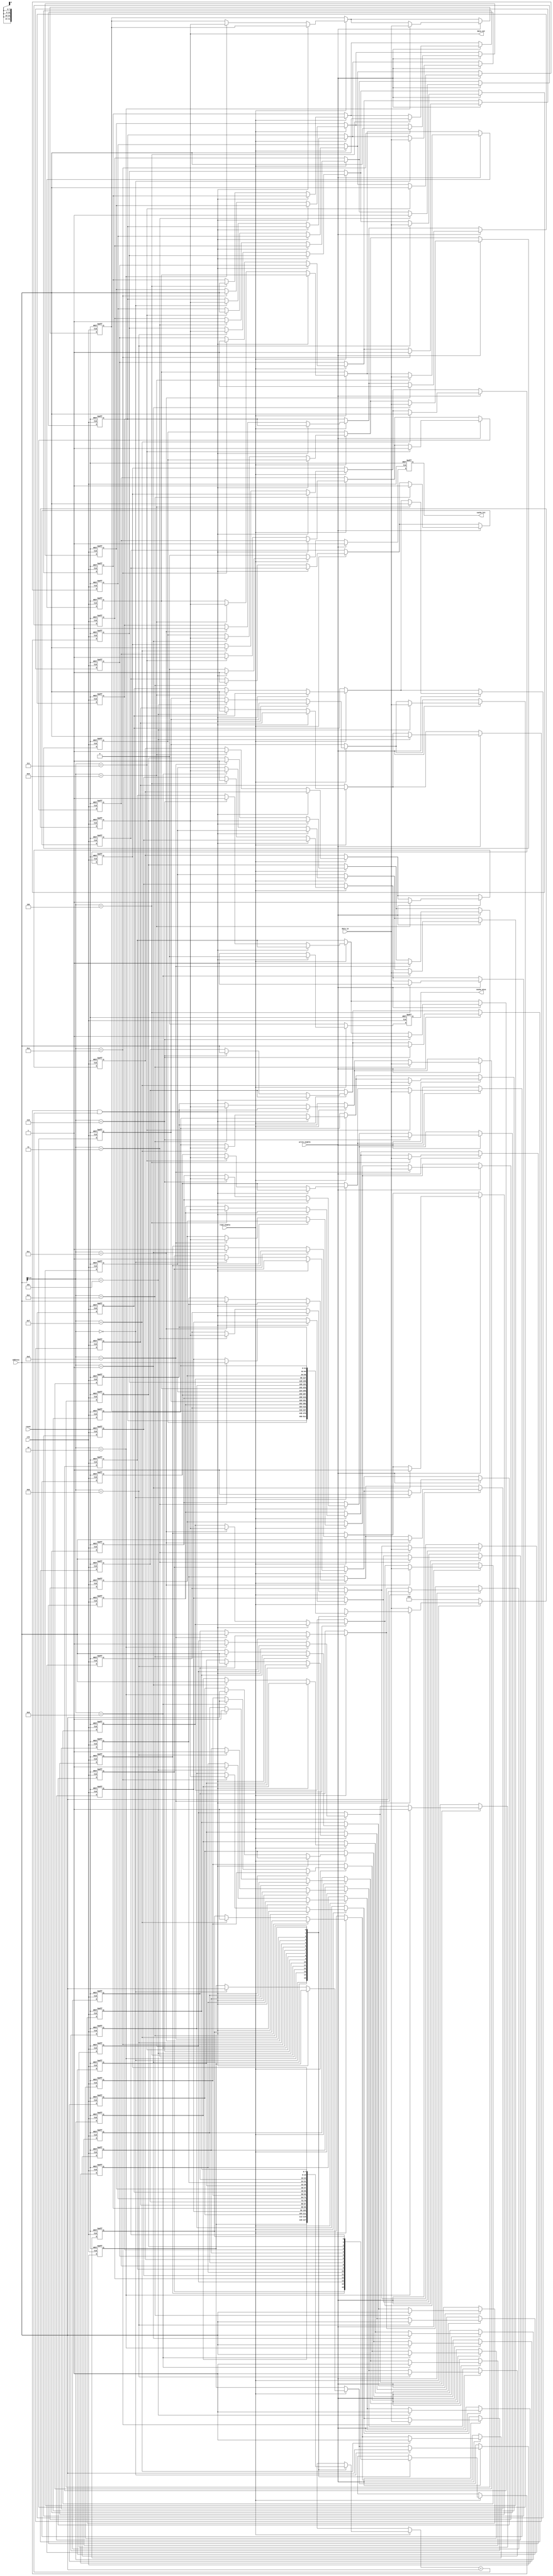
module WriteThroughCache #(
    parameter CACHE_SIZE = 16,    // Number of cache lines
    parameter LINE_SIZE = 32,      // Size of each cache line in bits
    parameter ADDR_WIDTH = 8        // Address width
)(
    input  wire clk,
    input  wire reset,
    input  wire write_enable,
    input  wire read_enable,
    input  wire [ADDR_WIDTH-1:0] address,
    input  wire [LINE_SIZE-1:0] data_in,
    output reg  [LINE_SIZE-1:0] data_out,
    output reg  cache_hit,
    output reg  cache_miss
);

    // Define cache line structure
    reg [ADDR_WIDTH-1:0] tag_array [0:CACHE_SIZE-1]; // Tag storage
    reg [LINE_SIZE-1:0] cache_array [0:CACHE_SIZE-1]; // Data storage
    reg valid_bits [0:CACHE_SIZE-1];                  // Valid bits

    // Internal variables
    wire [ADDR_WIDTH-1:0] index;
    wire [ADDR_WIDTH-1:0] tag;
    
    assign index = address[ADDR_WIDTH-1:0]; // Assuming simple direct mapping
    assign tag = address[ADDR_WIDTH-1:0];   // Tag extraction could be more complex

    integer i;

    // Reset logic
    always @(posedge clk or posedge reset) begin
        if (reset) begin
            for (i = 0; i < CACHE_SIZE; i = i + 1) begin
                valid_bits[i] <= 1'b0;
                tag_array[i] <= {ADDR_WIDTH{1'b0}};
                cache_array[i] <= {LINE_SIZE{1'b0}};
            end
            data_out <= {LINE_SIZE{1'b0}};
            cache_hit <= 1'b0;
            cache_miss <= 1'b0;
        end else begin
            // Default outputs
            cache_hit <= 1'b0;
            cache_miss <= 1'b0;
            data_out <= {LINE_SIZE{1'b0}};

            // Read operation
            if (read_enable) begin
                if (valid_bits[index] && (tag_array[index] == tag)) begin
                    // Cache hit
                    data_out <= cache_array[index];
                    cache_hit <= 1'b1;
                end else begin
                    // Cache miss (fetch from main memory)
                    // In a real system, this would involve a memory fetch
                    cache_miss <= 1'b1;
                    // Here, we simulate fetching from main memory
                    data_out <= data_in; // Placeholder for fetched data
                    // Optionally, update the cache on miss
                    cache_array[index] <= data_out;
                    tag_array[index] <= tag;
                    valid_bits[index] <= 1'b1;
                end
            end

            // Write operation
            if (write_enable) begin
                // Write to cache (and main memory)
                cache_array[index] <= data_in; // Write to cache
                tag_array[index] <= tag;        // Update tag
                valid_bits[index] <= 1'b1;      // Set valid bit
                // Simulate writing to main memory
                // In a real system, this would involve a memory write
                // Here, we assume main memory is updated with data_in
                cache_hit <= 1'b1; // Assume write is successful
            end
        end
    end
endmodule